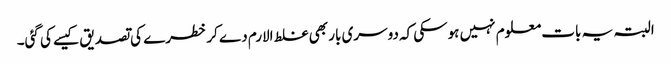
البتہ یہ بات معلوم نہیں ہوسکی کہ دوسری بار بھی غلط الارم دے کر خطرے کی تصدیق کیسے کی گئی۔